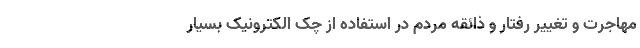
مهاجرت و تغییر رفتار و ذائقه مردم در استفاده از چک الکترونیک بسیار